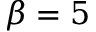
\beta = 5